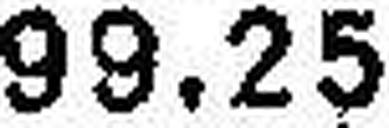
99.25